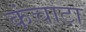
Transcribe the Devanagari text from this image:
कंचाटा